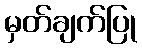
မှတ်ချက်ပြု